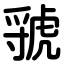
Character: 虢